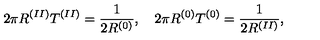
2 \pi R ^ { ( I I ) } T ^ { ( I I ) } = \frac { 1 } { 2 R ^ { ( 0 ) } } , \quad 2 \pi R ^ { ( 0 ) } T ^ { ( 0 ) } = \frac { 1 } { 2 R ^ { ( I I ) } } ,